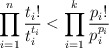
\begin{align*}\prod_{i = 1}^n\frac{t_i!}{t_i^{t_i}}< \prod_{i = 1}^k\frac{p_i!}{p_i^{p_i}} \end{align*}